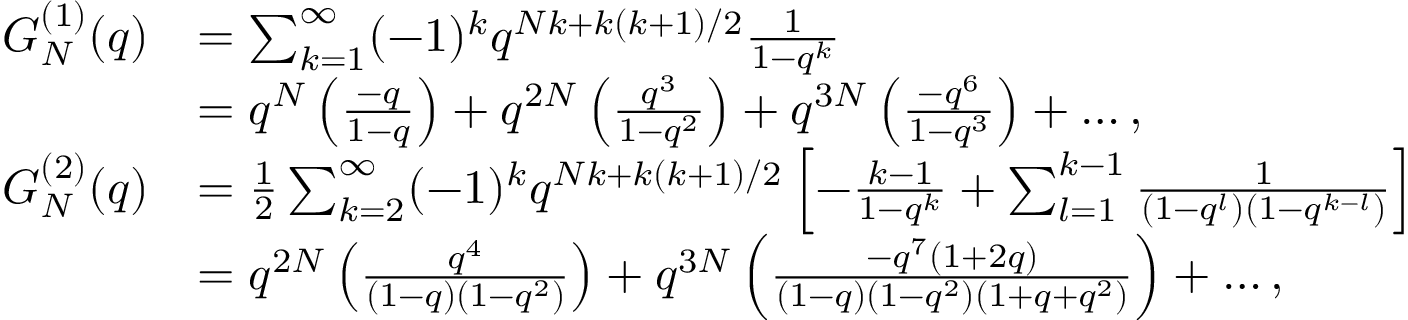
\begin{array} { r l } { G _ { N } ^ { ( 1 ) } ( q ) } & { = \sum _ { k = 1 } ^ { \infty } ( - 1 ) ^ { k } q ^ { N k + k ( k + 1 ) / 2 } \frac { 1 } { 1 - q ^ { k } } } \\ & { = q ^ { N } \left( \frac { - q } { 1 - q } \right) + q ^ { 2 N } \left( \frac { q ^ { 3 } } { 1 - q ^ { 2 } } \right) + q ^ { 3 N } \left( \frac { - q ^ { 6 } } { 1 - q ^ { 3 } } \right) + \dots , } \\ { G _ { N } ^ { ( 2 ) } ( q ) } & { = \frac { 1 } { 2 } \sum _ { k = 2 } ^ { \infty } ( - 1 ) ^ { k } q ^ { N k + k ( k + 1 ) / 2 } \left[ - \frac { k - 1 } { 1 - q ^ { k } } + \sum _ { l = 1 } ^ { k - 1 } \frac { 1 } { \left( 1 - q ^ { l } \right) \left( 1 - q ^ { k - l } \right) } \right] } \\ & { = q ^ { 2 N } \left( \frac { q ^ { 4 } } { ( 1 - q ) \left( 1 - q ^ { 2 } \right) } \right) + q ^ { 3 N } \left( \frac { - q ^ { 7 } \left( 1 + 2 q \right) } { \left( 1 - q \right) \left( 1 - q ^ { 2 } \right) \left( 1 + q + q ^ { 2 } \right) } \right) + \dots , } \end{array}